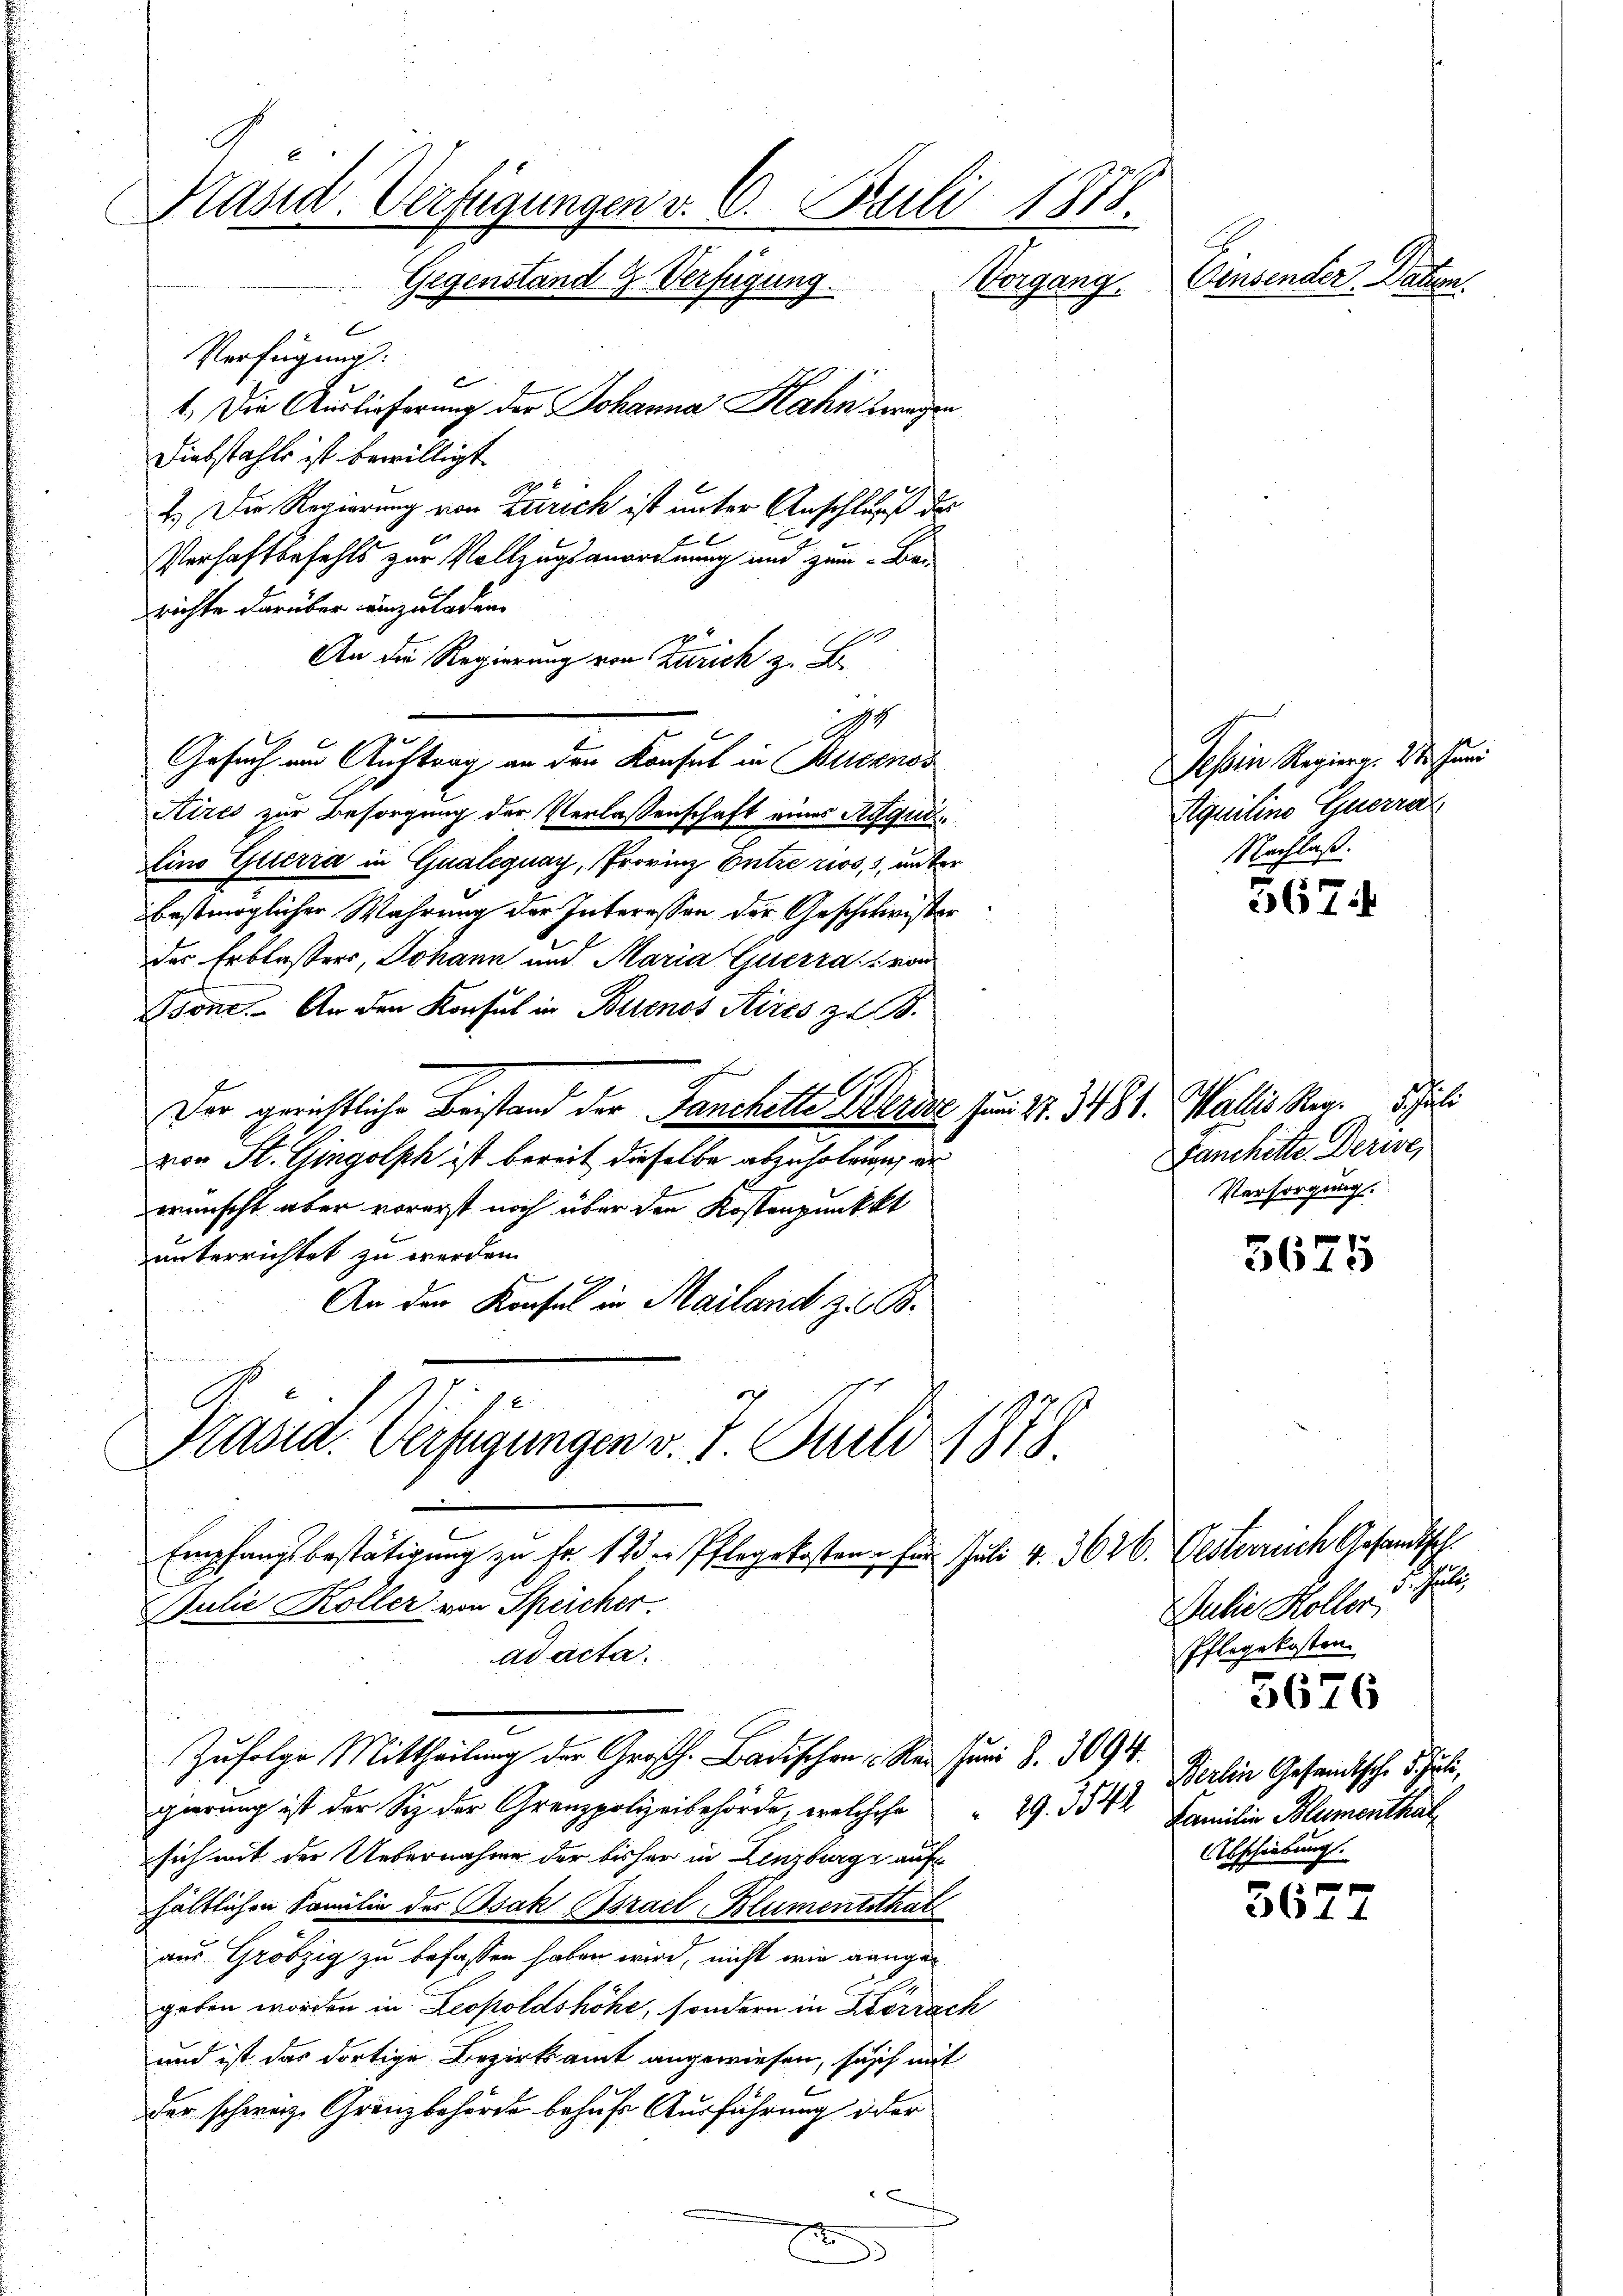
Präsid. Verfügungen v. 6. Juli 1875.
Gegenstand & Verfügung. Vorgang.
t
Verfügung:
e

1. Die Auslieferung der Johanna Hahn zwegen
Diebstahls ist bewilligt
7.) Die Regierung von Zürich ist unter Anschluß der
Verhaftbefehls zur Vollzugsanordnung und zum Berichte darüber einzuladen.
An die Regierung von Zürich z. B.
1
Gesuch um Auftrag an den Konfel in Buenos
Kizei zur Besorgung der Verlassenschaft eines Requi¬
Eino Guerra in Qualeguay, Provinz Entre rios, 3, unter
bestmöglicher Wahrung der Interessen der Geschchwister
des Erblassers, Johann und Maria Guerra, von
Gson. An den Konsul in Buenos Aires zu B.
Der gerichtliche Bestand der Sanchette Weise zum S. 3481. Wallis Mag.
von St. Gingolph ist bereit dieselbe abzufolgung er
wünscht aber vorerst noch über den Kostenpunkkt
unterrichtet zu werden.
An den Konsul in Mailand z. B.
1. 6
Kasia. Verfügungen v. 7. Juli 1878.
.
Empfangsbestätigung zu Fr. 12 der Pflegekosten für Juli v. 3626. Oesterrich Gesandtsch.
Julie Koller von Speicher.
ad acta.

2
Zufolge Mittheilung der Großh. Badischen Ren Juni Z. 3094.
gierung ist der Sie der Grenzpolizeibehörde, welcher 29. 3544 Familie Blumenthalsich mit der Uebernahme der bisher in Lenzburg auf
hältlichen Familie der Bsak Israel Blumentsthät
aus Gröbzig zu befassen haben wird, nicht wie gangegeben worden in Leopoldshöhe, sondern in Kerrach
und ist das dortige Bezirksamt angewiesen, susch mit
der schweiz. Gränzbehörde behufe Ausführung der
c

u

Einsender. Dar

Fanchette. Derie,
Versorgung.

u

Tessin Regiere. Distand
Aquilino Guerra
Nachlaß.

Berlin Gesandtsch. d. Juli,
bschiebung.

5674

5675

Sulie Koller u. Juli
Pflegekosten.

3676

361.